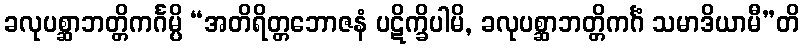
ခလုပစ္ဆာဘတ္တိကင်္ဂမ္ပိ “အတိရိတ္တဘောဇနံ ပဋိက္ခိပါမိ, ခလုပစ္ဆာဘတ္တိကင်္ဂံ သမာဒိယာမီ”တိ